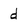
Character: d